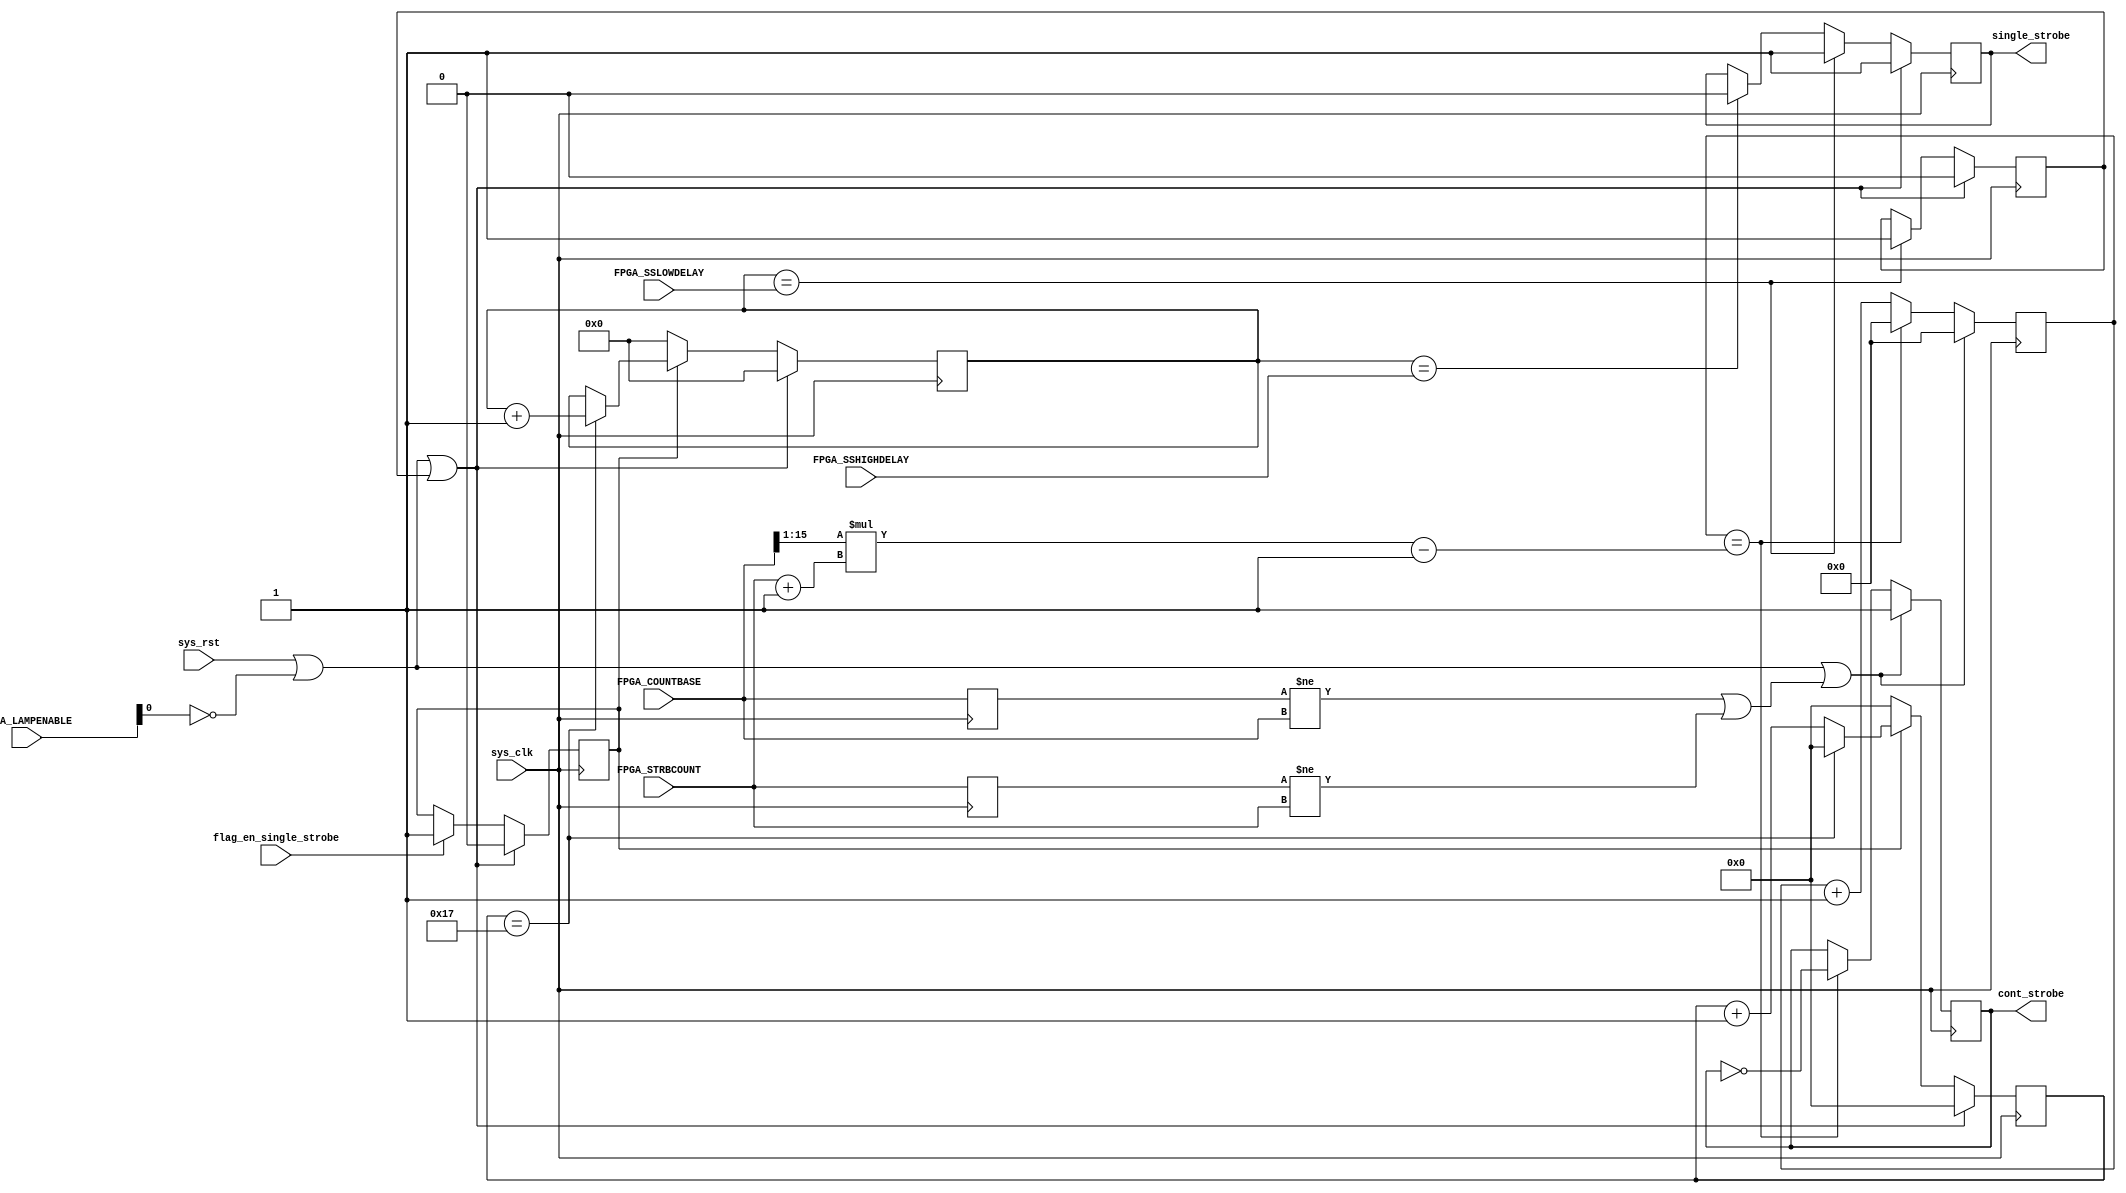
`timescale 1ns / 1ps
//////////////////////////////////////////////////////////////////////////////////
// Company: 
// Engineer: 
// 
// Design Name: 
// Module Name:    make_strobe 
// Project Name: 
// Target Devices: 
// Tool versions: 
// Description: 
//
// Dependencies: 
//
// Revision: 
// Revision 0.01 - File Created
// Additional Comments: 
//
//////////////////////////////////////////////////////////////////////////////////
module make_strobe(
	 /* System interface */
	 input sys_clk,
	 input sys_rst,
	 
	 /**/
	 input flag_en_single_strobe,
	 
	 input [15:0] FPGA_COUNTBASE,
	 input [15:0] FPGA_STRBCOUNT,
	 input [15:0] FPGA_SSLOWDELAY,
	 input [15:0] FPGA_SSHIGHDELAY,
	 input [15:0] FPGA_LAMPENABLE,
	 
	 /**/
	 output reg single_strobe = 1'b1,
	 output reg cont_strobe = 1'b0
    );
	 
	 reg flag_start_single_strobe = 1'b0;
	 reg flag_end_single_strobe = 1'b0;
	 reg [15:0] cnt_mk_strobe = 16'd0;
	 reg [5:0] cnt_mk_2MHz = 6'd0;
	 always @ (posedge sys_clk)
	 begin
		if (sys_rst | (FPGA_LAMPENABLE[0] == 1'b0) | flag_end_single_strobe)
		begin
			single_strobe <= 1'b1;
			cnt_mk_2MHz <= 6'd0;
			cnt_mk_strobe <= 16'd0;
			flag_start_single_strobe <= 1'b0;
			flag_end_single_strobe <= 1'b0;
		end
		else begin
			if (cnt_mk_strobe == FPGA_SSHIGHDELAY) single_strobe <= 1'b0;
			if (cnt_mk_strobe == FPGA_SSLOWDELAY) 
			begin
				single_strobe <= 1'b1;
				flag_end_single_strobe <= 1'b1;
			end
			if (flag_en_single_strobe) flag_start_single_strobe <= 1'b1;
			if (flag_start_single_strobe)
			begin
				if (cnt_mk_2MHz == 6'd23)
				begin
					cnt_mk_strobe <= cnt_mk_strobe + 1'b1;
					cnt_mk_2MHz <= 6'd0;
				end else begin
					cnt_mk_2MHz <= cnt_mk_2MHz + 6'd1;
				end
			end else begin
				cnt_mk_2MHz <= 6'd0;
				cnt_mk_strobe <= 16'd0;
			end
		end
	 end
	 
	 reg [15:0] prev_countbase = 16'd0;
	 reg [15:0] prev_strbcount = 16'd0;
	 wire flag_change_params;
	 /* Make */
	 always @ (posedge sys_clk)
	 begin
		prev_countbase <= FPGA_COUNTBASE;
		prev_strbcount <= FPGA_STRBCOUNT;
	 end
	 
	 assign flag_change_params = (prev_countbase != FPGA_COUNTBASE) | (prev_strbcount != FPGA_STRBCOUNT);
	 
	 /* Make contionous strobe signal */
	 reg [27:0] r_cnt_cont_strobe = 28'd0;
	 always @ (posedge sys_clk)
	 begin
		if (sys_rst | (FPGA_LAMPENABLE[0] == 1'b0) | flag_change_params)
		begin
			r_cnt_cont_strobe <= 28'd0;
			cont_strobe <= 1'b1;
		end else begin
			if ( r_cnt_cont_strobe == ( (FPGA_COUNTBASE[15:1] * (FPGA_STRBCOUNT + 1)) - 1) )
			begin
				r_cnt_cont_strobe <= 28'd0;
				cont_strobe <= ~cont_strobe;
			end else begin
				r_cnt_cont_strobe <= r_cnt_cont_strobe + 28'd1;
			end
		end
	 end

endmodule